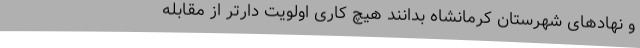
و نهادهای شهرستان کرمانشاه بدانند هیچ کاری اولویت دارتر از مقابله